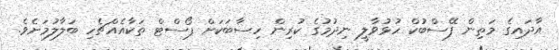
އާދައިގެ މަތިން ފޭސްބުކް ހުޅުވާލީ ނިދުމުގެ ކުރިން ހިސާބަކަށް ޕޯސްޓް ތަކާއެއްޗެހި ބަލާލުމަށެވެ.